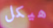
هيكل